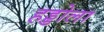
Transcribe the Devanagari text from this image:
हड्डोला